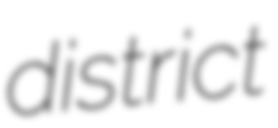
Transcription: district